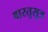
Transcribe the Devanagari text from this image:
वास्तुसूत्र